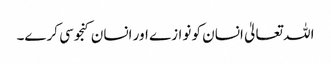
اللہ تعالیٰ انسان کو نوازے اور انسان کنجوسی کرے۔